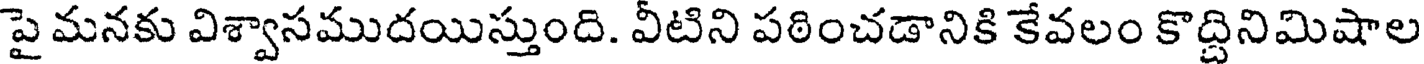
పై మనకు విశ్వాసముదయిస్తుంది. వీటిని పఠించడానికి కేవలం కొద్దినిమిషాల